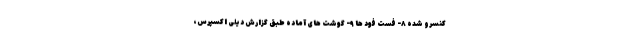
کنسرو شده ۸- فست فود ها ۹- گوشت های آماده طبق گزارش دیلی اکسپرس،